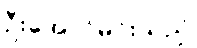
ဦးအောင်မင်းသည်